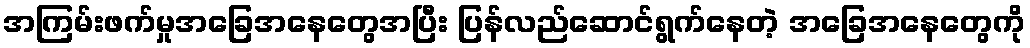
အကြမ်းဖက်မှုအခြေအနေတွေအပြီး ပြန်လည်ဆောင်ရွက်နေတဲ့ အခြေအနေတွေကို